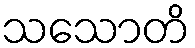
သသောတိ